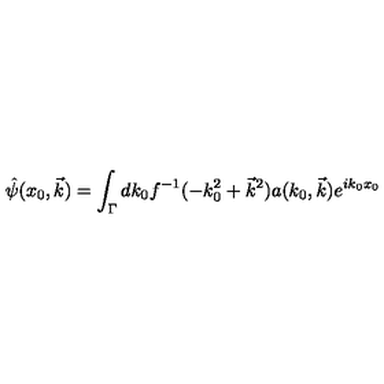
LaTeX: \hat { \psi } ( x _ { 0 } , \vec { k } ) = \int _ { \Gamma } d k _ { 0 } f ^ { - 1 } ( - k _ { 0 } ^ { 2 } + \vec { k } ^ { 2 } ) a ( k _ { 0 } , \vec { k } ) e ^ { i k _ { 0 } x _ { 0 } }